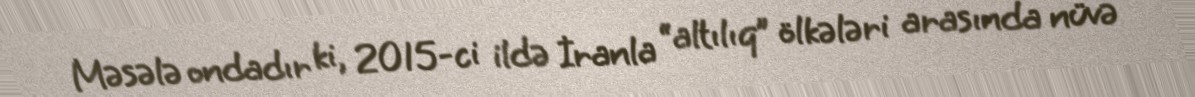
Məsələ ondadır ki, 2015-ci ildə İranla “altılıq” ölkələri arasında nüvə